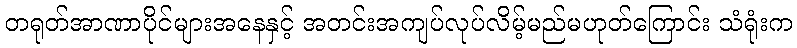
တရုတ်အာဏာပိုင်များအနေနှင့် အတင်းအကျပ်လုပ်လိမ့်မည်မဟုတ်ကြောင်း သံရုံးက